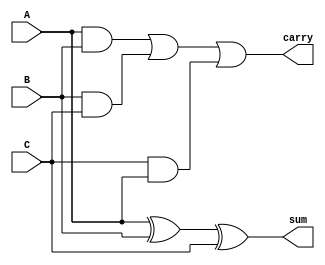
module fulladdercop(A, B, C, sum, carry);
	input A, B;
	input C;
	output sum, carry;
	assign sum = (A^B)^C;
	assign carry = (A&B)|(B&C)|(C&A);
endmodule